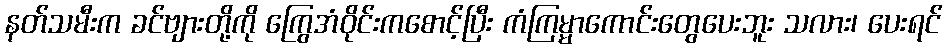
နတ်သမီးက ခင်ဗျားတို့ကို ကြွေအံဝိုင်းကစောင့်ပြီး ကံကြမ္မာကောင်းတွေပေးဘူး သလား၊ ပေးရင်